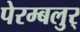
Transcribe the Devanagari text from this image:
पेरम्बलुर्